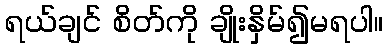
ရယ်ချင် စိတ်ကို ချိုးနှိမ်၍မရပါ။